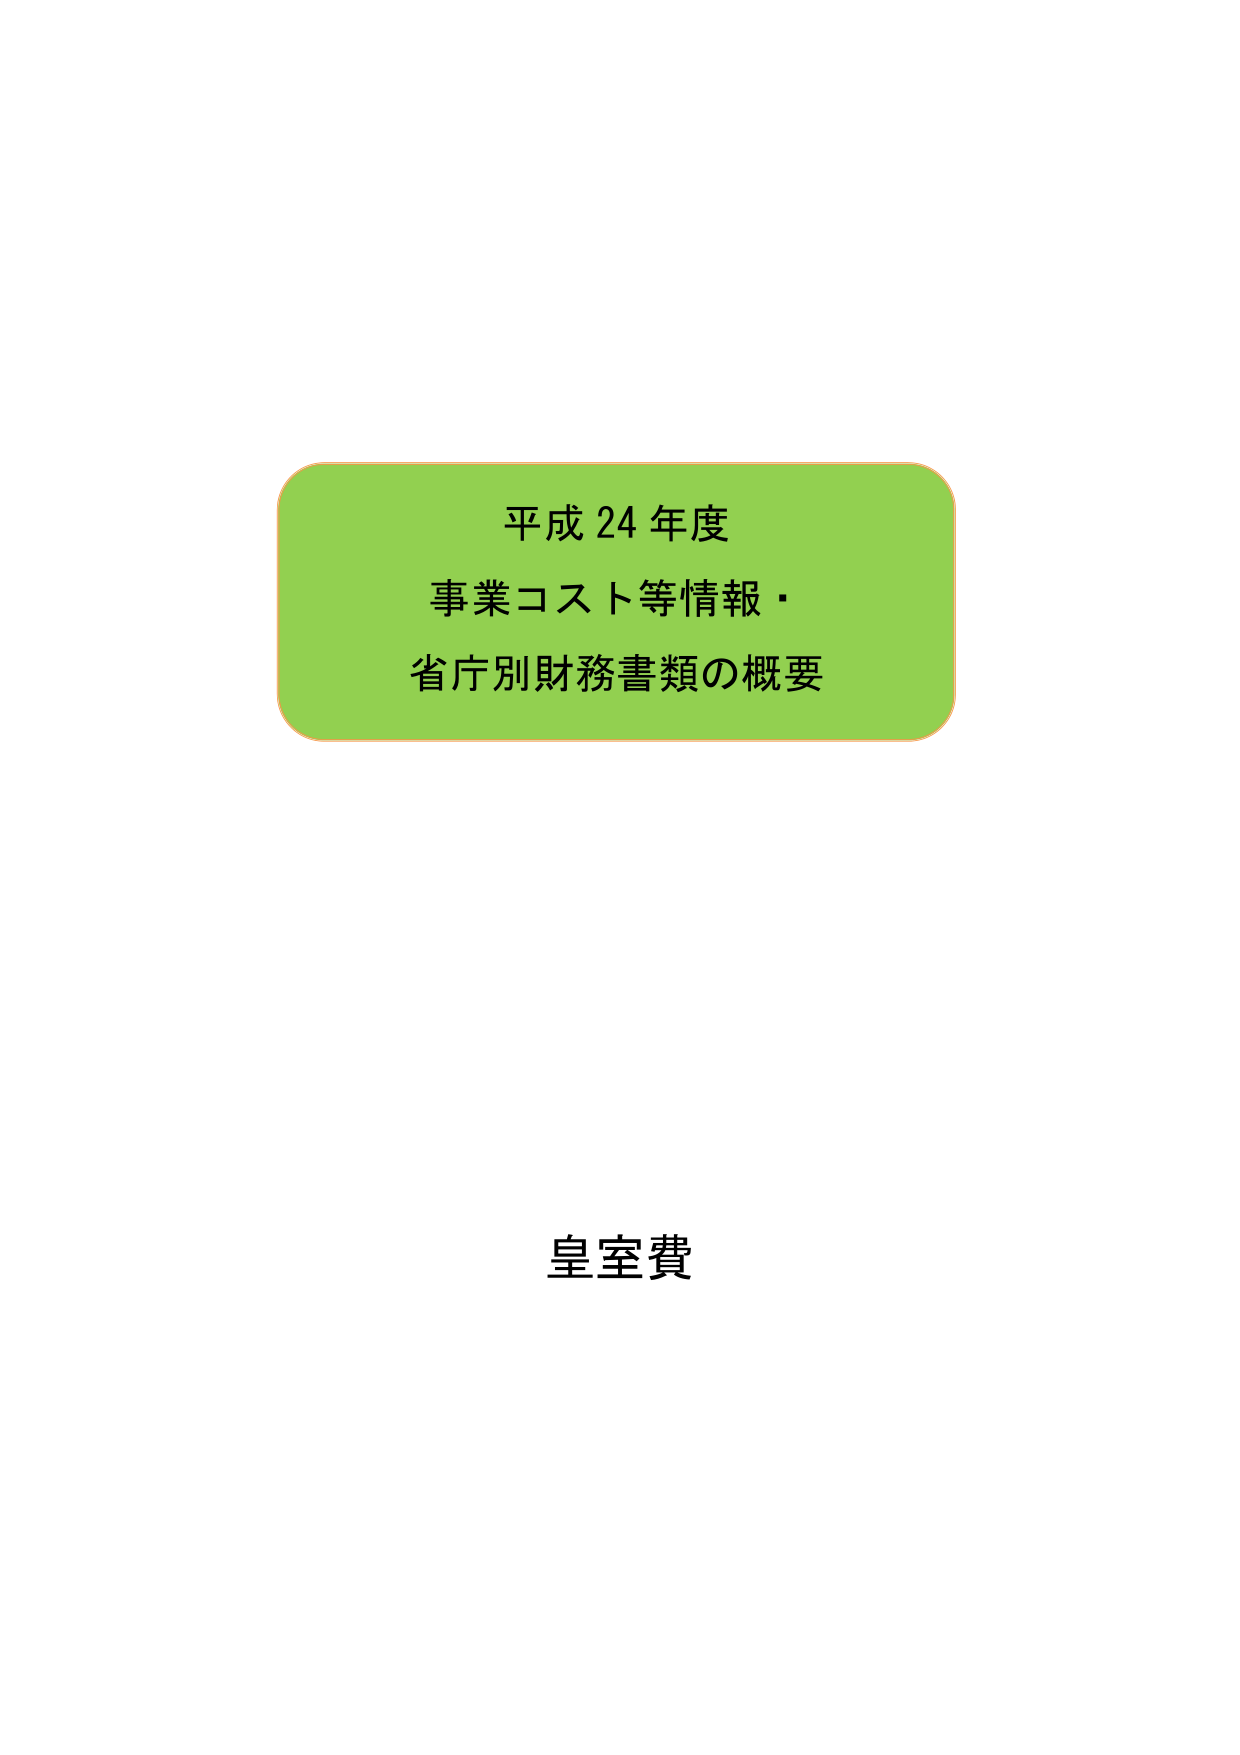
平成24年度
事業コスト等情報・
省庁別財務書類の概要

皇室費